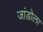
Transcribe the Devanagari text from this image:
जांडोला